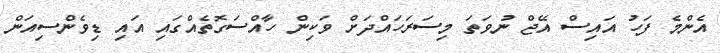
އެންމެ ފަހު އައިސް އޭޖް ނުވަތަ މިސަރަހައްދަށް ވަކިން ހާއްސަގޮތެއްގައި އައި ޑިވެންސިއަން